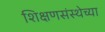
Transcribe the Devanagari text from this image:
शिक्षणसंस्थेच्या